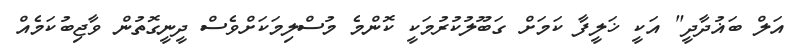
އަލް ބަޣުދާދީ" އަކީ ޚަލީފާ ކަމަށް ގަބޫލުކުރުމަކީ ކޮންމެ މުސްލިމަކަށްވެސް ދީނީގޮތުން ވާޖިބުކަމެއް